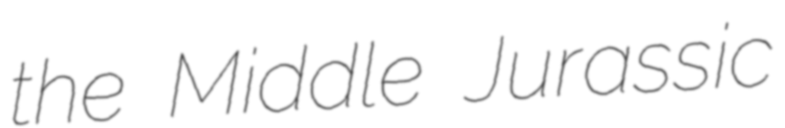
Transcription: the Middle Jurassic